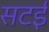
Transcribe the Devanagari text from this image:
सटई